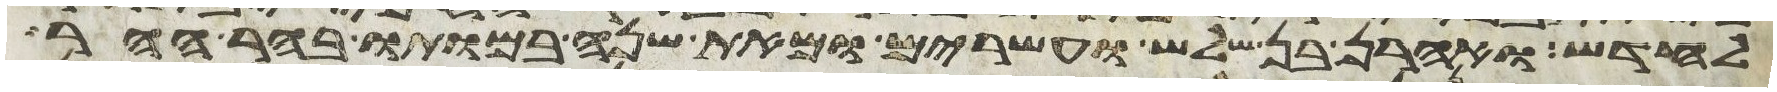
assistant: לחדש ואהרן בן שלש ועשרים ומאת שנה במותו בהר ההר